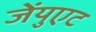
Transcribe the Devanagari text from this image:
जेंयुएट